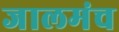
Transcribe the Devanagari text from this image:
जालमंच